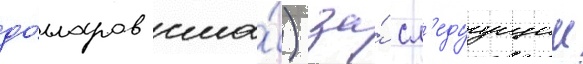
до́лларов сша́) за́ сл'едуущии